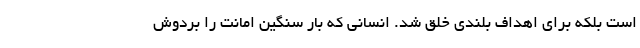
است بلکه برای اهداف بلندی خلق شد. انسانی که بار سنگین امانت را بردوش